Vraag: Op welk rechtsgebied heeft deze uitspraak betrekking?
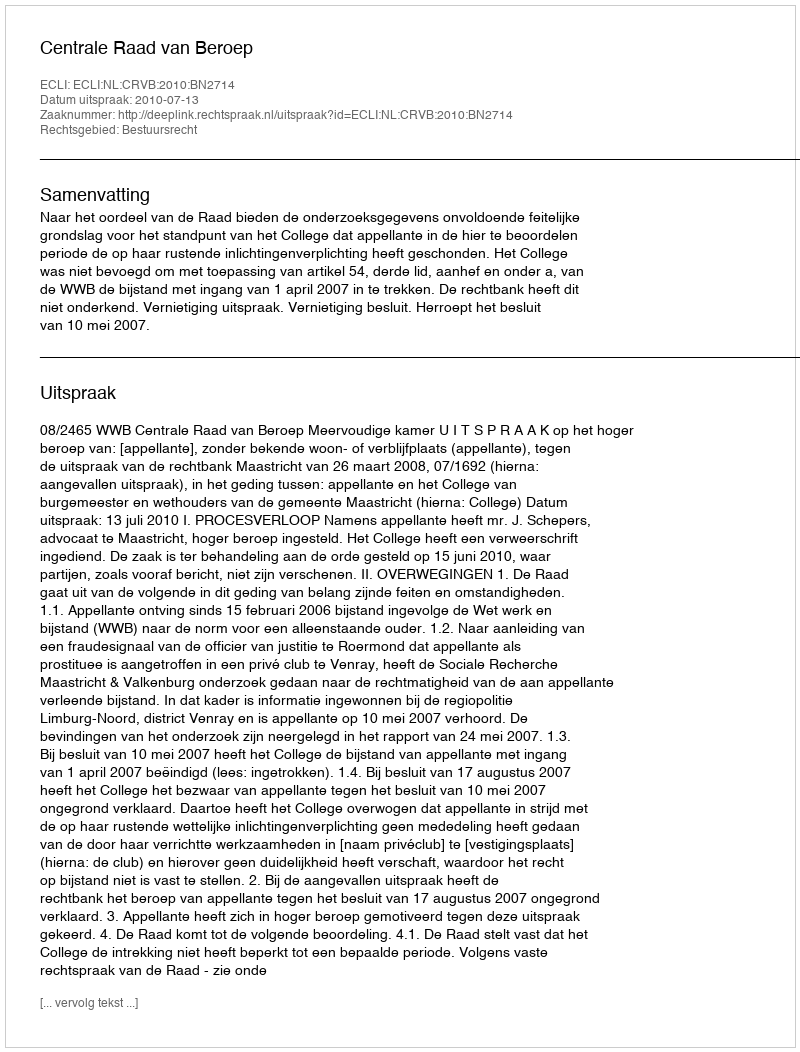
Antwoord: Bestuursrecht